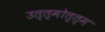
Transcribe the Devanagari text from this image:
उत्त्मोत्त्म